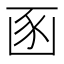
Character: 𮙚